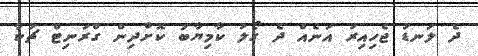
ދެ ލަނޑު ޖެހިއިރު އަނެއް ދެ ގޯލު ކާމިޔާބު ކޮށްދިން ގްރަނިޓް ޗަކާ